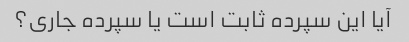
آیا این سپرده ثابت است یا سپرده جاری؟